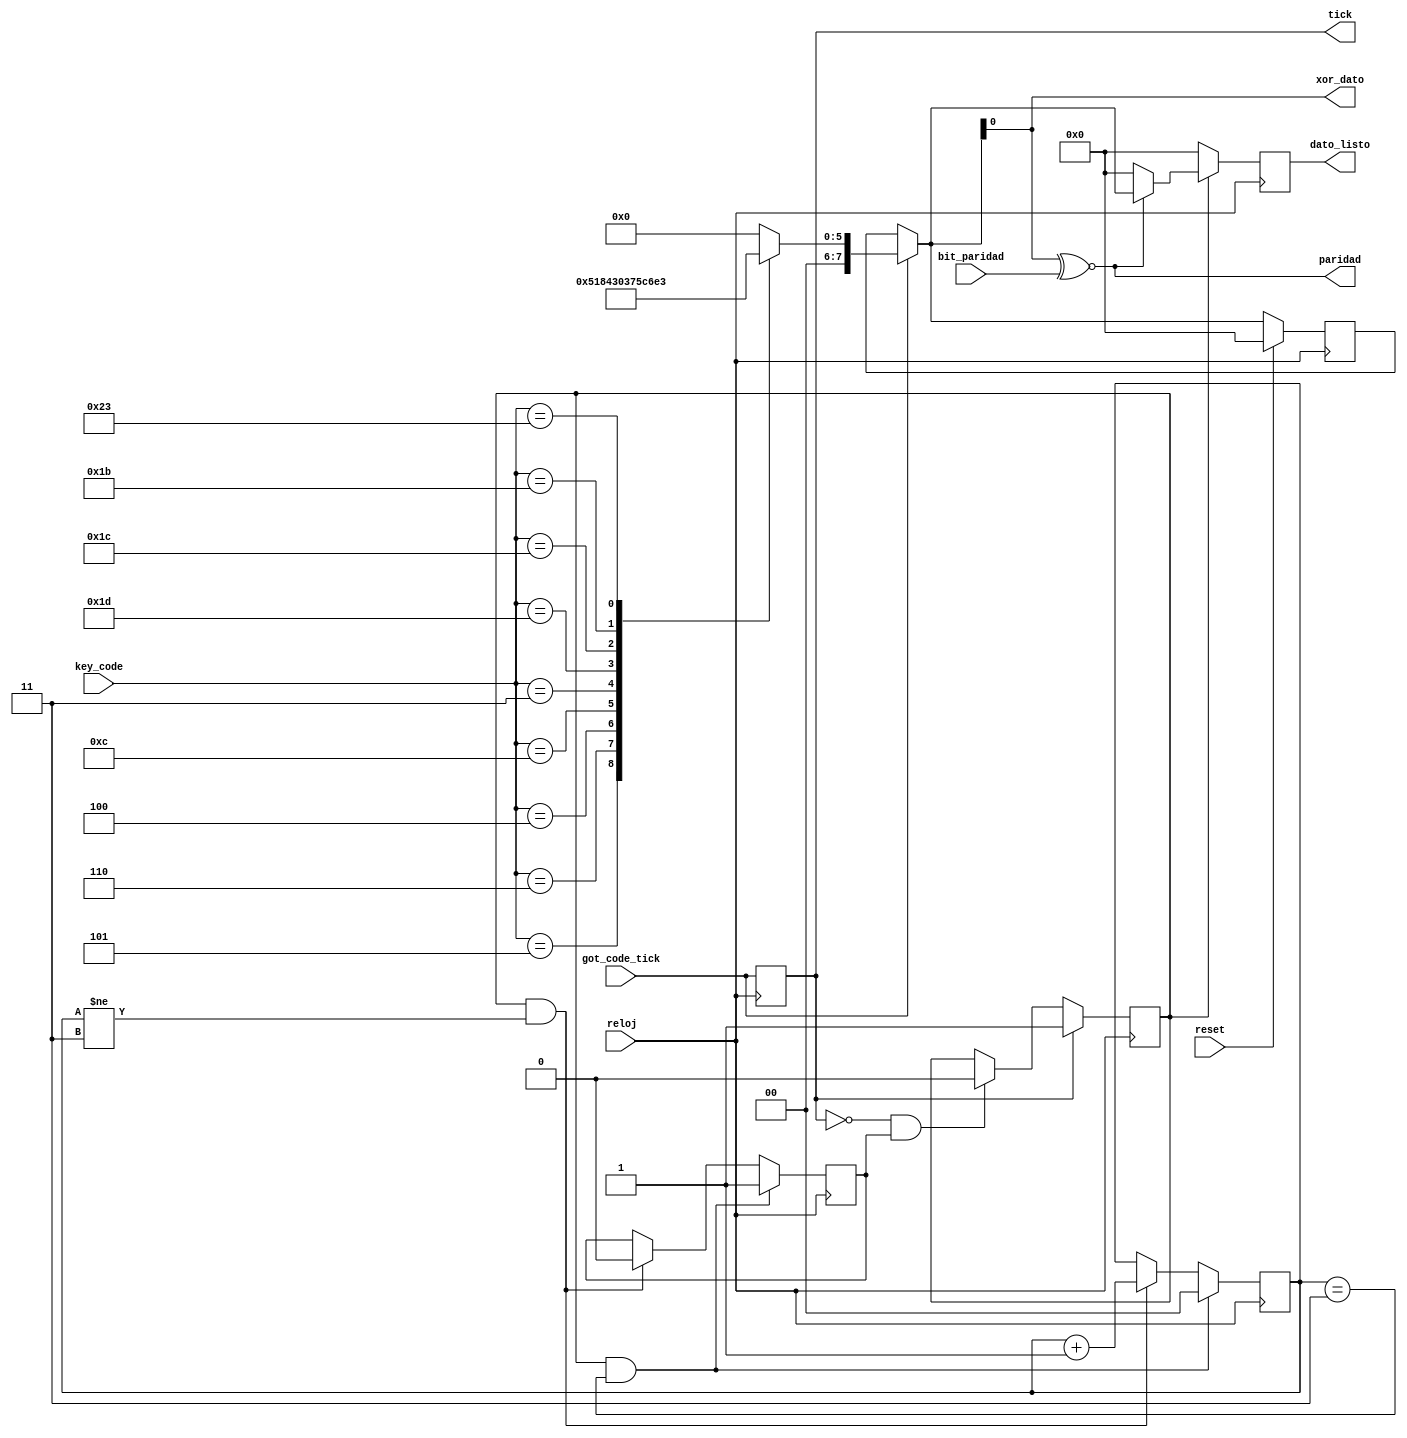
`timescale 1ns / 1ps
//////////////////////////////////////////////////////////////////////////////////
// Company: 
// Engineer: 
// 
// Design Name: 
// Module Name: filtro_2
// Project Name: 
// Target Devices: 
// Tool Versions: 
// Description: 
// 
// Dependencies: 
// 
// Revision:
// Revision 0.01 - File Created
// Additional Comments:
// 
//////////////////////////////////////////////////////////////////////////////////


module filtro_2(

    input wire reloj,
    input wire reset,
    input wire  [7:0] key_code,
    input wire got_code_tick,
    input wire bit_paridad,
    output wire [7:0] dato_listo,
    output wire paridad,
    output wire xor_dato,
    output tick
   

    );
    
    reg [7:0] dato_listo_reg1;
    reg [7:0] dato_listo_reg2;
    reg [7:0] dato_listo_reg;
    reg tick1;
    reg [1:0] cont_borrar;
    reg limpiar_d1;
    reg pare;
    reg [7:0] dato_listo_reg3;


    
    
    
    assign dato_listo = dato_listo_reg3;
    assign xor_dato =  dato_listo_reg1;
    assign paridad = xor_dato ~^ bit_paridad;
    assign tick = tick1;
    
    
    ////////agarrar dato got code tick
    
    always @(posedge reloj)
    
    begin
    tick1 <= got_code_tick;
    end
    
    
    always @(posedge reloj)
    begin
    
    if (reset)
        dato_listo_reg = 8'h00;
    else
        dato_listo_reg = dato_listo_reg1;
    end
    
    
    
    
    /////// control limpiar_1
    
    always @(posedge reloj)
        begin
     
        
        if (tick1)
        limpiar_d1 <= 1;
        
        else if(tick1 == 0 && pare == 1)
        limpiar_d1 <= 0;
        
        else 
        limpiar_d1 <= limpiar_d1;
        
        end 
    
    /////// control pare
    
    
always @(posedge reloj)
       begin
     
       
       if (limpiar_d1 && cont_borrar == 2'b11)
        begin
        cont_borrar <= 0;
        pare <= 1;
        end
       
       else if (limpiar_d1 && cont_borrar != 2'b11)
       begin
       cont_borrar <= cont_borrar + 1;
       pare <= 0;
       
       end
       
       else 
        cont_borrar <= cont_borrar;
       
       end 
    
 //////// dato final    
       always @(posedge reloj)
       begin
       
       if(limpiar_d1)
       
       dato_listo_reg3 <= dato_listo_reg2;
       
       
       else 
       dato_listo_reg3 <= 7'h00;
   
       end 
    
    
    
    
    always @*
    
    begin
    
    dato_listo_reg1 = dato_listo_reg;
    
    if (got_code_tick)
     begin
     
      case (key_code)
      
          8'h05  : begin
                   dato_listo_reg1 = 8'h05;
                   end
          8'h06  : begin
                      dato_listo_reg1 = 8'h06;
                   end
          8'h04  : begin
                      dato_listo_reg1 = 8'h04;
                   end
          8'h0c  : begin
                      dato_listo_reg1 = 8'h0c;
                   end
          8'h03  : begin
                      dato_listo_reg1 = 8'h03;
                   end
          8'h1d  : begin
                      dato_listo_reg1 = 8'h1d;
                    end
          8'h1c  : begin
                      dato_listo_reg1 = 8'h1c;
                    end
          8'h1b  : begin
                      dato_listo_reg1 = 8'h1b;
                   end                   
          8'h23  : begin
                      dato_listo_reg1 = 8'h23;
                   end                
                   
                   
          default: begin
                    dato_listo_reg1 = 8'h00;
                   end
       endcase
     end
    
    else 
        dato_listo_reg1 = dato_listo_reg1;
    end
    
    
    
    
    always @(*)
    begin
    
        if (paridad) 
            dato_listo_reg2 = dato_listo_reg1;
        else 
            dato_listo_reg2 = 8'h00;   
    end

endmodule